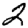
Digit: 2